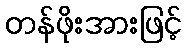
တန်ဖိုးအားဖြင့်